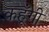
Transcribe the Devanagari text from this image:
कहूँगी